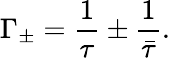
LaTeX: \Gamma_{\pm}=\frac{1}{\tau}\pm\frac{1}{\bar{\tau}}.